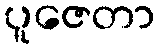
ပူဇေတာ